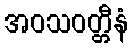
အဝသဝတ္တီနံ